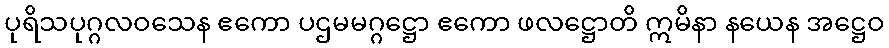
ပုရိသပုဂ္ဂလဝသေန ဧကော ပဌမမဂ္ဂဋ္ဌော ဧကော ဖလဋ္ဌောတိ ဣမိနာ နယေန အဋ္ဌေဝ